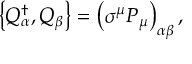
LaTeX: \left\{ Q _ { \alpha } ^ { \dagger } , Q _ { \beta } \right\} = \left( \sigma ^ { \mu } P _ { \mu } \right) _ { \alpha \beta } ,